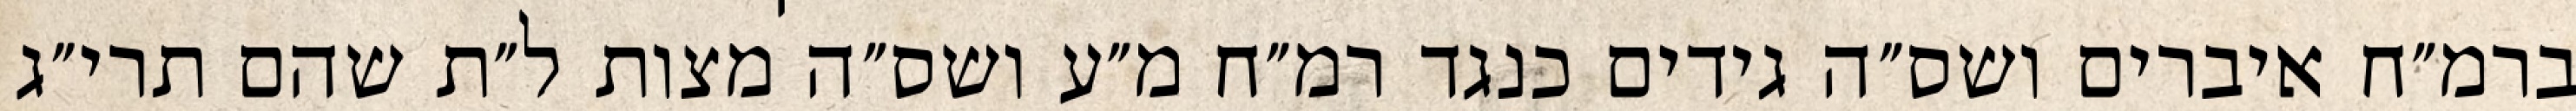
ברמ״ח איברים ושס״ה גידים כנגד רמ״ח מ״ע ושס״ה מצות ל״ת שהם תרי״ג